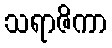
သရာဇိကာ